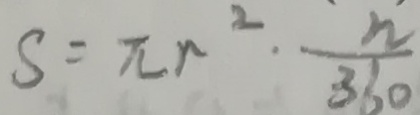
S = \pi r ^ { 2 } \cdot \frac { n } { 3 6 0 }